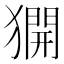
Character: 𤡲